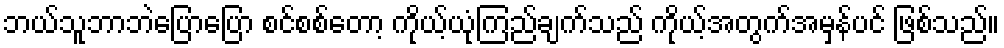
ဘယ်သူဘာဘဲပြောပြော စင်စစ်တော့ ကိုယ့်ယုံကြည်ချက်သည် ကိုယ့်အတွက်အမှန်ပင် ဖြစ်သည်။